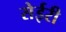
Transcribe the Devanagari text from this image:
सेईरी